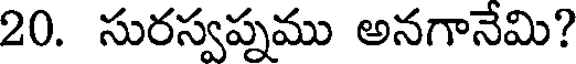
20. సురస్వప్నము అనగానేమి?